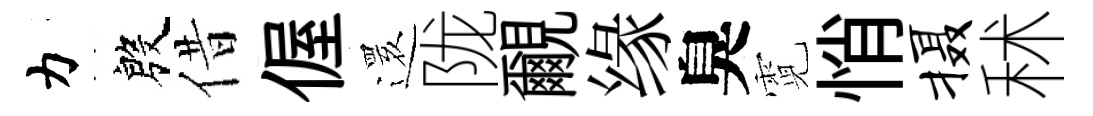
力殷借偓𮟃陇覼缘臭霓悄摄秫